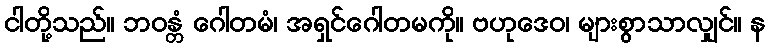
ငါတို့သည်။ ဘဝန္တံ ဂေါတမံ၊ အရှင်ဂေါတမကို။ ဗဟုဒေဝ၊ များစွာသာလျှင်။ န